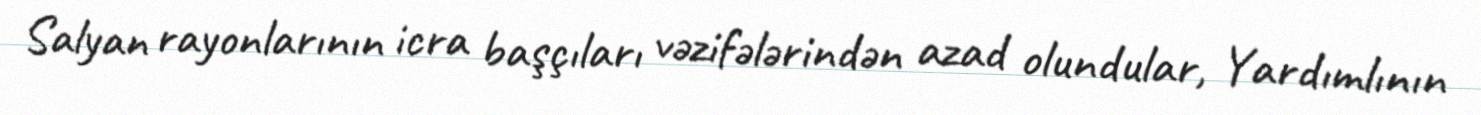
Salyan rayonlarının icra başçıları vəzifələrindən azad olundular, Yardımlının